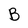
Character: B